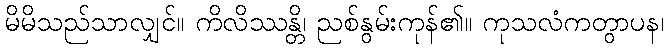
မိမိသည်သာလျှင်။ ကိလိဿန္တိ၊ ညစ်နွမ်းကုန်၏။ ကုသလံကတွာပန၊